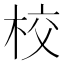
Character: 校